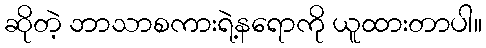
ဆိုတဲ့ ဘာသာစကားရဲ့နရောကို ယူထားတာပါ။